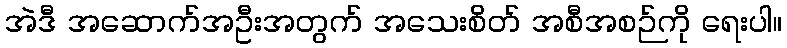
အဲဒီ အဆောက်အဦးအတွက် အသေးစိတ် အစီအစဉ်ကို ရေးပါ။